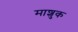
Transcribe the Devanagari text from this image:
माशुक